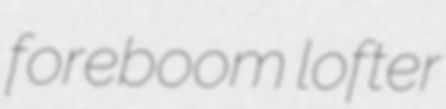
foreboom lofter